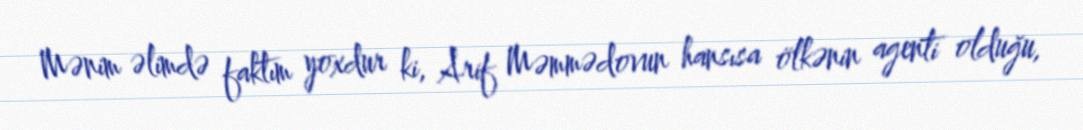
Mənim əlimdə faktım yoxdur ki, Arif Məmmədovun hansısa ölkənin agenti olduğu,